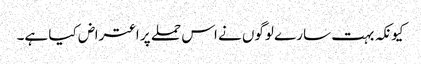
کیونکہ بہت سارے لوگوں نے اس حملے پر اعتراض کیا ہے۔